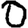
Digit: 0